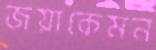
জয়াকেমন